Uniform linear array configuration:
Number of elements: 32
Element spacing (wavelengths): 0.5
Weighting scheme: binomial
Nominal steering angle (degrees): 60
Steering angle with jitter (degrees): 60.883
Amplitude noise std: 0.05
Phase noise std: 0.05

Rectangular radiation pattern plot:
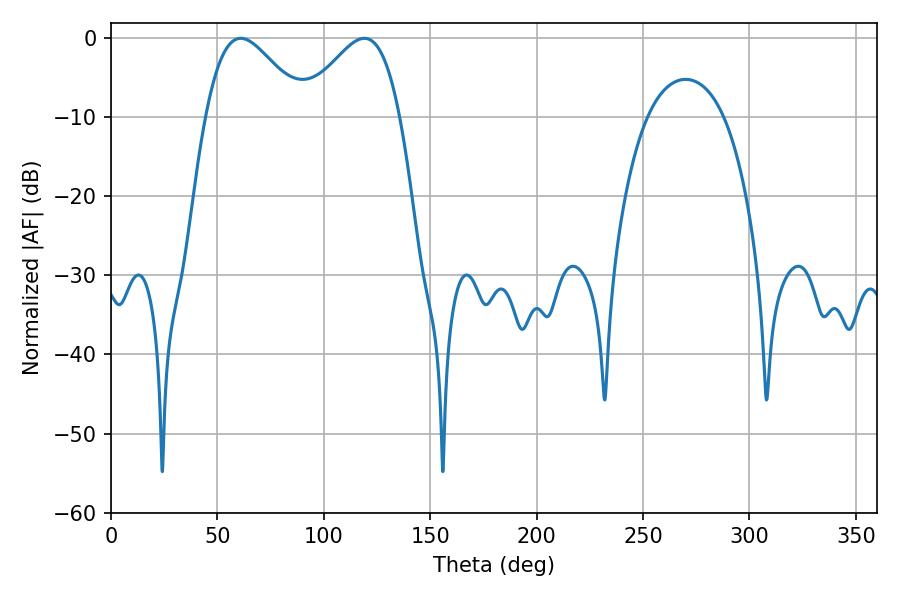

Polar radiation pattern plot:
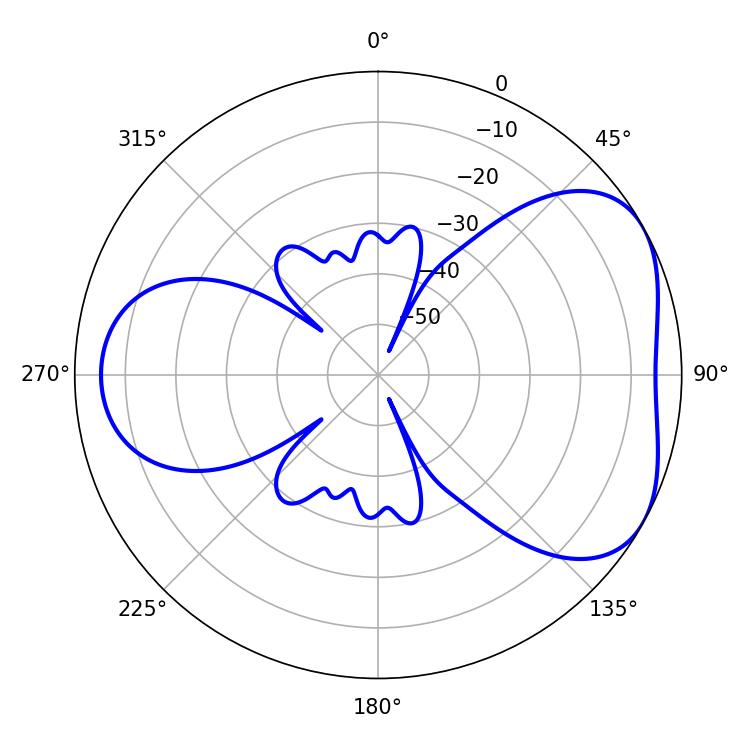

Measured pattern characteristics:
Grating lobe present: FALSE
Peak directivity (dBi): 4.641
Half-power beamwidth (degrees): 24.48
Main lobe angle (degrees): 61.02